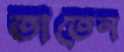
তাতেন